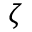
\zeta